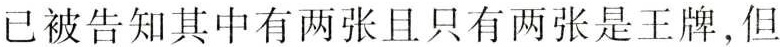
已被告知其中有两张且只有两张是王牌，但